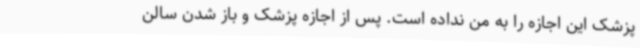
پزشک این اجازه را به من نداده است. پس از اجازه پزشک و باز شدن سالن